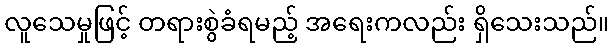
လူသေမှုဖြင့် တရားစွဲခံရမည့် အရေးကလည်း ရှိသေးသည်။